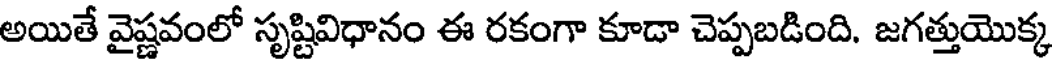
అయితే వైష్ణవంలో సృష్టివిధానం ఈ రకంగా కూడా చెప్పబడింది. జగత్తుయొక్క